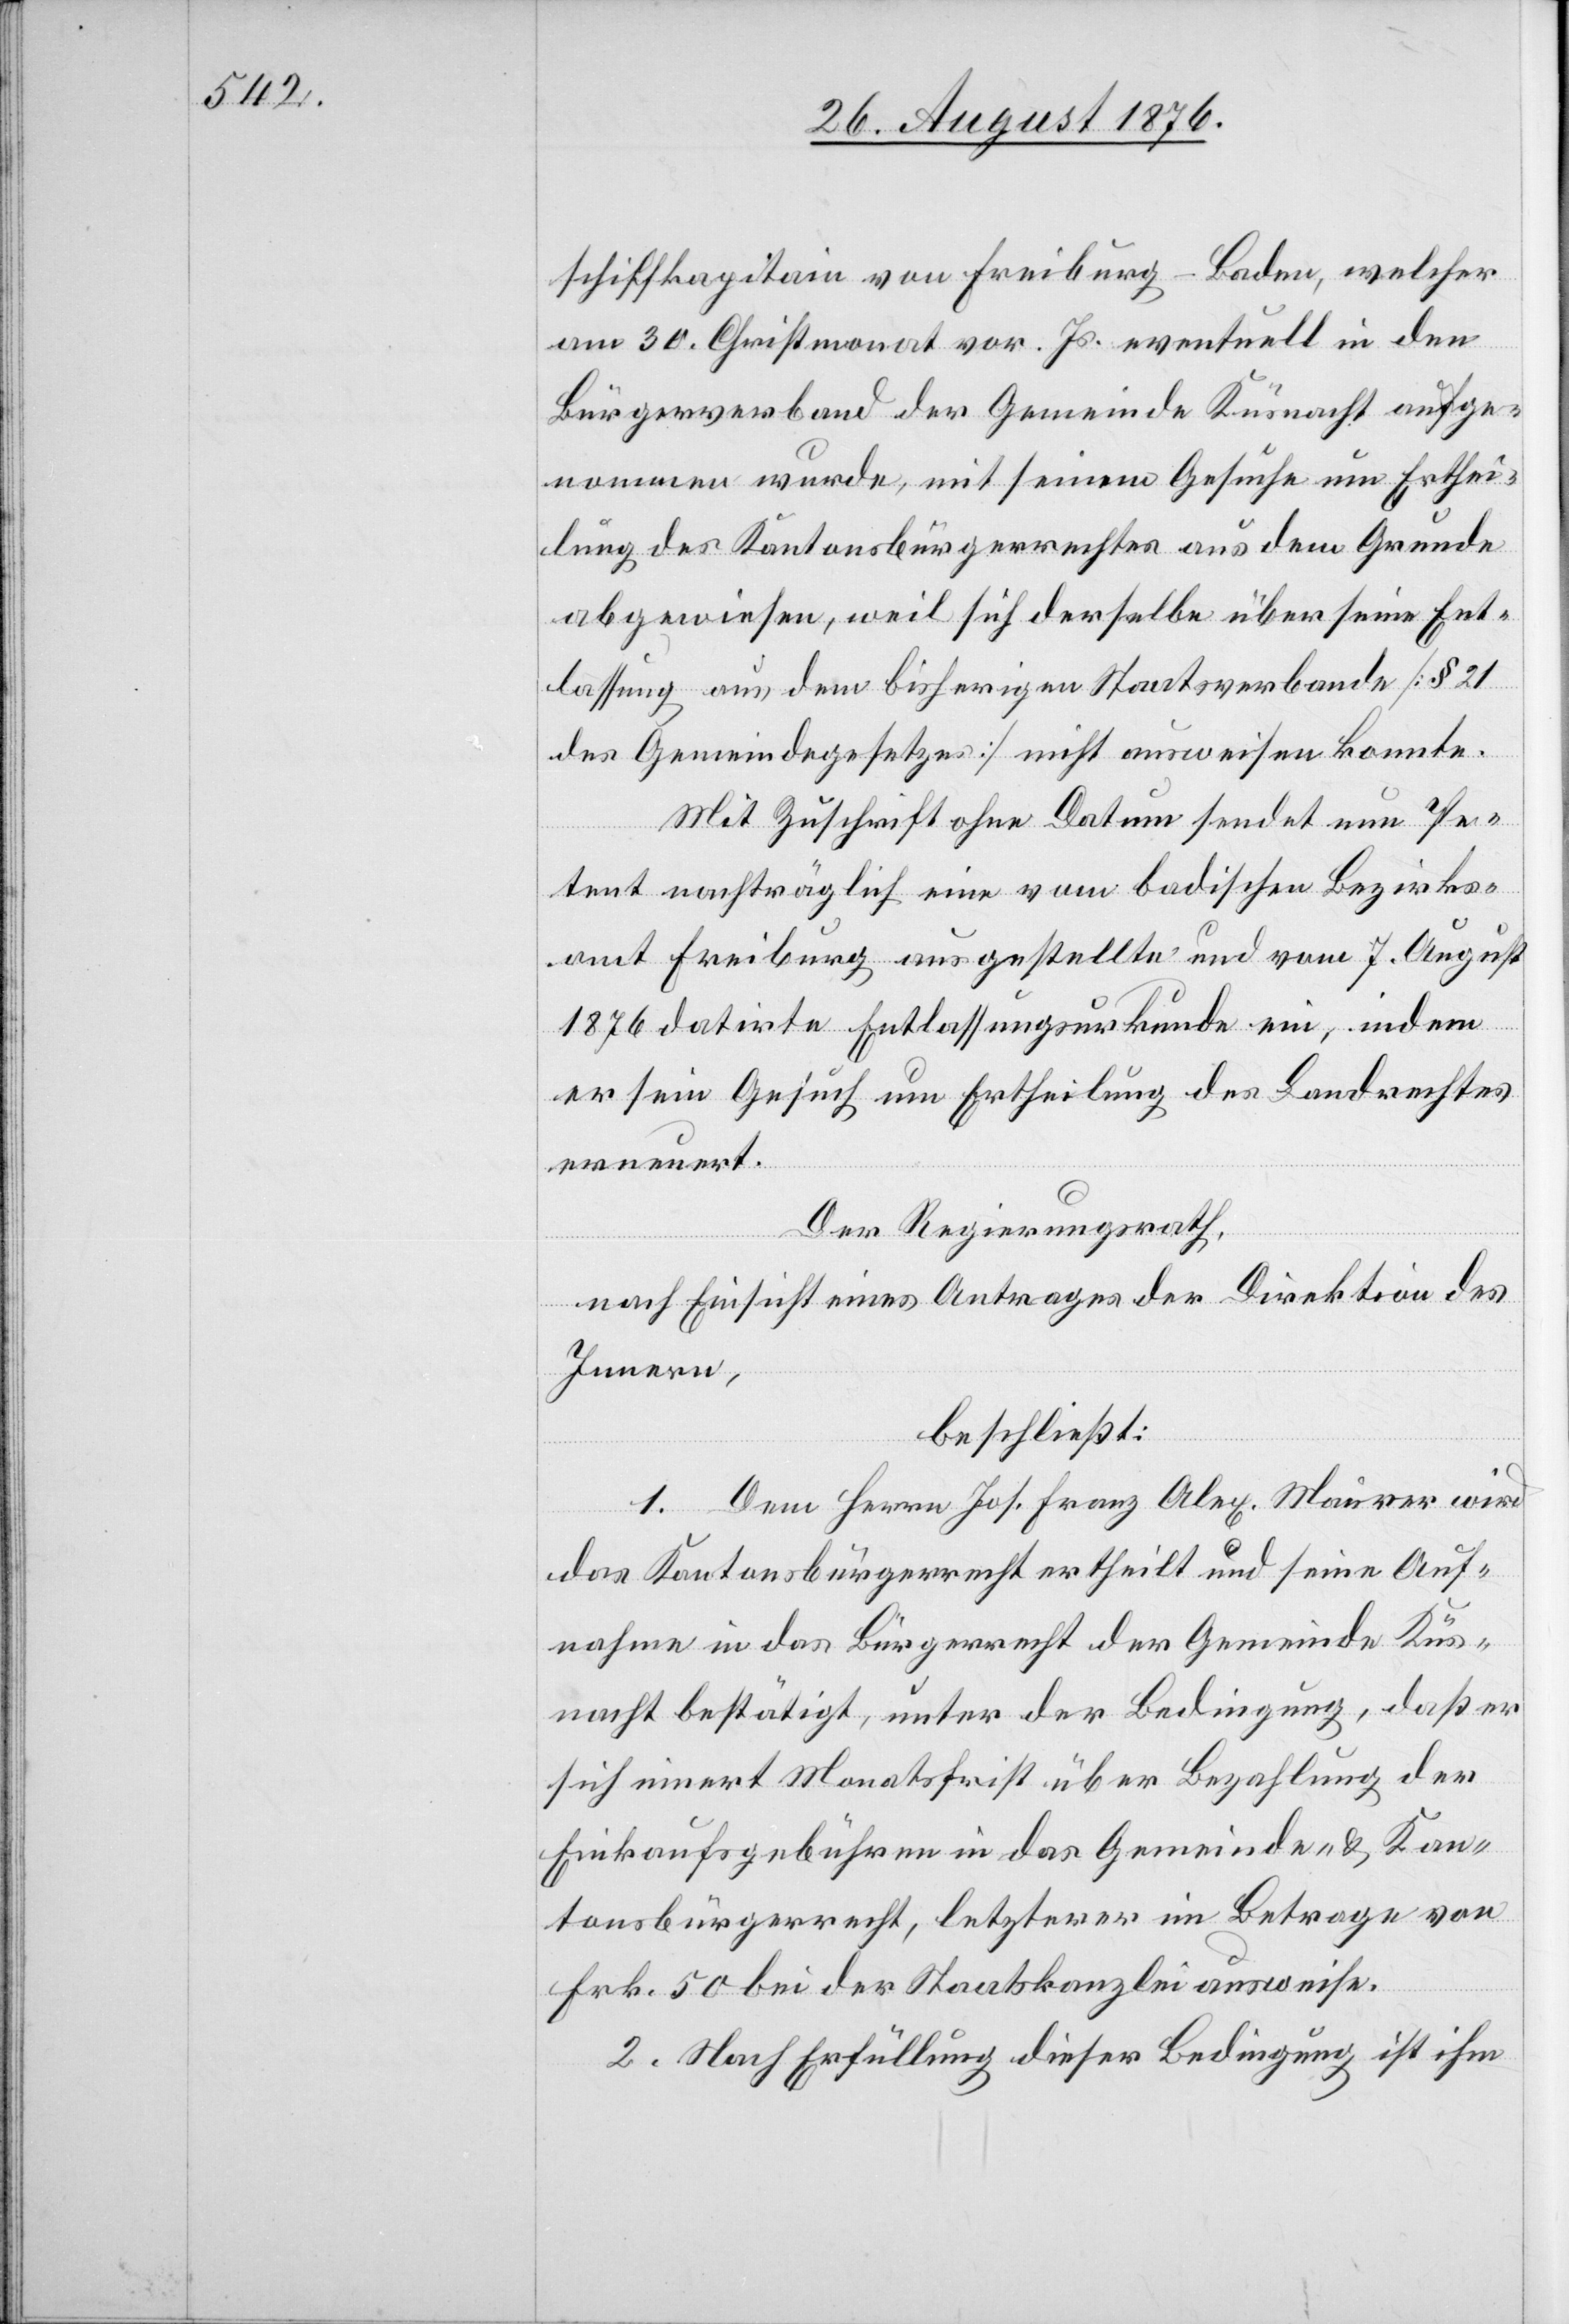
schiffkapitain von Freiburg - Baden, welcher
am 30. Christmonat vor. Js. eventuell in den
Bürgerverband der Gemeinde Küsnacht aufge¬
nommen wurde, mit seinem Gesuche um Erthei¬
lung des Kantonsbürgerrechtes aus dem Grunde
abgewiesen, weil sich derselbe über seine Ent¬
lassung aus dem bisherigen Staatsverbande [§ 21
des Gemeindegesetzes] nicht ausweisen konnte.
Mit Zuschrift ohne Datum sendet nun Pe¬
tent nachträglich eine vom badischen Bezirks¬
amt Freiburg ausgestellte und vom 7. August
1876 datirte Entlassungsurkunde ein, indem
er sein Gesuch um Ertheilung des Landrechtes
erneuert.
Der Regierungsrath,
nach Einsicht eines Antrages der Direktion des
Innern,
beschließt:
1. Dem Herrn Jos. Franz Alex. Maurer wird
das Kantonsbürgerrecht ertheilt und seine Auf¬
nahme in das Bürgerrecht der Gemeinde Küs¬
nacht bestätigt, unter der Bedingung, daß er
sich innert Monatsfrist über Bezahlung der
Einkaufsgebühren in das Gemeinde- & Kan¬
tonsbürgerrecht, letzterer im Betrage von
Frk. 50 bei der Staatskanzlei ausweise.
2. Nach Erfüllung dieser Bedingung ist ihm